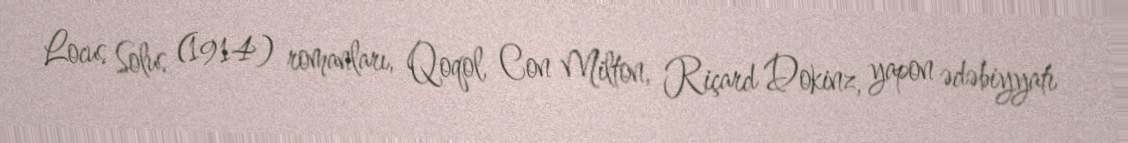
Locus Solus (1914) romanları, Qoqol, Con Milton, Riçard Dokinz, yapon ədəbiyyatı